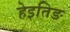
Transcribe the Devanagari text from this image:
हेइतिङ